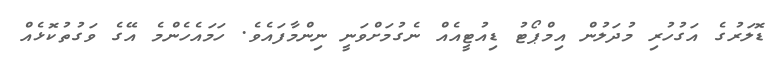
ޑޮލަރުގެ އަގުހުރި މުދަލުން އިމްޕޯޓު ޑިއުޓީއެއް ނެގުމަށްވަނީ ނިންމާފައެވެ. ހަމައެހެންމެ އޭގެ ވަގުތުކޮޅެއް